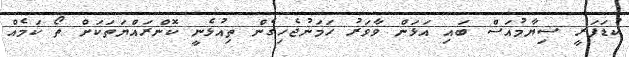
ކުޑަފަރީ ޟިޔާމުއަސް ބައި އަޅަން ވާވަރު ހަމަނުޖެހިގެން ތިއުޅެނީ ކޮންރައްޔަތަކަށް ތޯ ކަމެއް